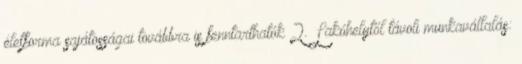
életforma sajátosságai továbbra is fenntarthatók 2. Lakóhelytől távoli munkavállalás: